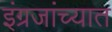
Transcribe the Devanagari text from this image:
इंग्रजांच्यात